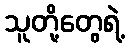
သူတို့တွေရဲ့